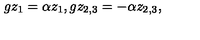
g z _ { 1 } = \alpha z _ { 1 } , g z _ { 2 , 3 } = - \alpha z _ { 2 , 3 } ,